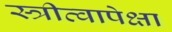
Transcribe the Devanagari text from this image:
स्त्रीत्वापेक्षा